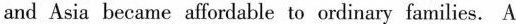
and Asia became affordable to ordinary families. A